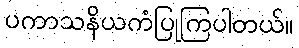
ပကာသနိယကံပြုကြပါတယ်။